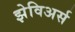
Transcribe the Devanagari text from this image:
झेविअर्स